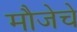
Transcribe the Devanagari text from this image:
मौजेचे